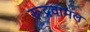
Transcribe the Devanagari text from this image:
रूद्रवामल